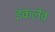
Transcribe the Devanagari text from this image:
इंकलेव